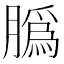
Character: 𦠽